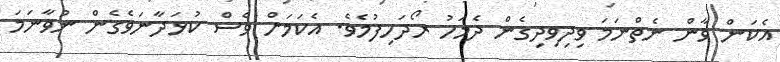
އެކަން ވާން ނެތްނަމަ ވިދިވިދިގެން ދެމަހު ރޯދަހިފުމެވެ. އެކަމަށް ވެސް ކުޅަދާނަވެގެން ނުވާނަމަ